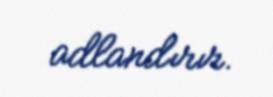
adlandırır.